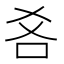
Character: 𱒋